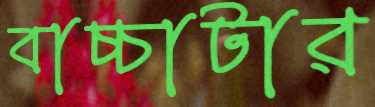
বাচ্চাটার